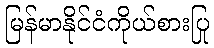
မြန်မာနိုင်ငံကိုယ်စားပြု